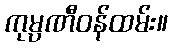
ကုမ္ပဏီဝန်ထမ်း။